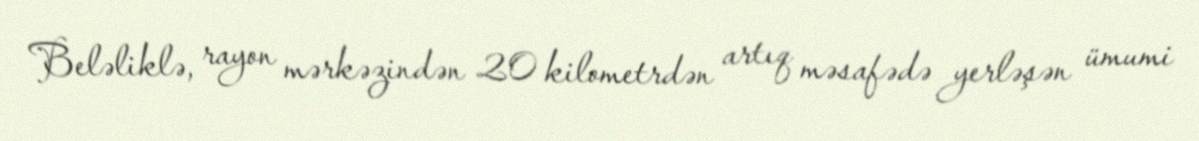
Beləliklə, rayon mərkəzindən 20 kilometrdən artıq məsafədə yerləşən ümumi